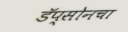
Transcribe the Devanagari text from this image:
डॅप्सोनचा